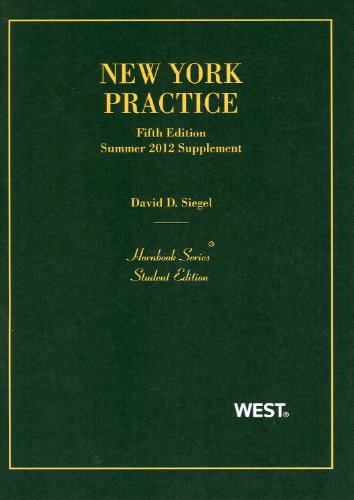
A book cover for New York Practice, 5th, Student Edition, Summer 2012 Supplement (Hornbooks); David D. Siegel; Law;